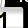
Digit: 1